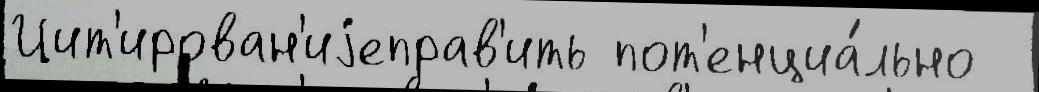
Цит'ирован'иjеправ'ить пот'енциа́льно